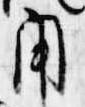
用